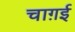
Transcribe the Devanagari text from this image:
चाग़ई